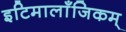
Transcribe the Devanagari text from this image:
इटिमालाँजिकम्